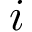
i